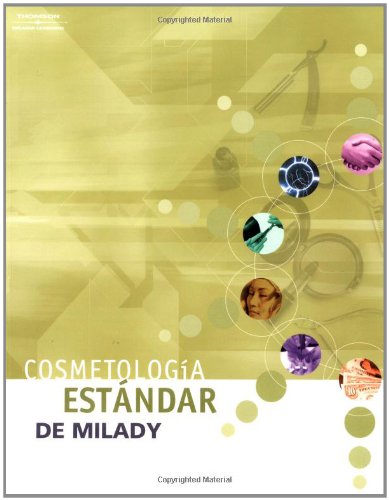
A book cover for Cosmetologia estandar de Milady (Spanish Edition); Arlene Alpert; Health, Fitness & Dieting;